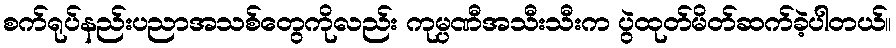
စက်ရုပ်နည်းပညာအသစ်တွေကိုလည်း ကုမ္ပဏီအသီးသီးက ပွဲထုတ်မိတ်ဆက်ခဲ့ပါတယ်။